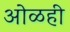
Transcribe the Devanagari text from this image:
ओळही